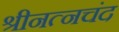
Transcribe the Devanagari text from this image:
श्रीनत्नचंद